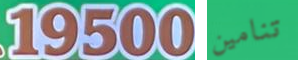
19500 تنامين